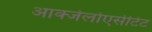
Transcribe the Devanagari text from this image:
आक्जेलोएसीटेट